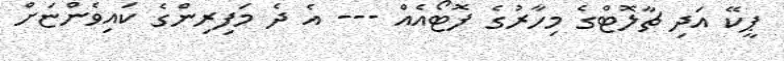
ޕީކޭ އަދި ޗާލޮޓްގެ މިހާރުގެ ފޮޓޯއެއް --- އެ ދެ މަފިރިންގެ ކައިވެންޏަށް